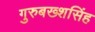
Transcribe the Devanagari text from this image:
गुरुबख्शसिंह